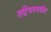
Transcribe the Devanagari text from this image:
एट्रियममधील